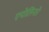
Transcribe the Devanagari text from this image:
एपोलिनारे